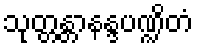
သုတ္တန္တာနန္ဒပဏ္ဍိတံ